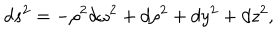
d s ^ { 2 } = - \rho ^ { 2 } d \omega ^ { 2 } + d \rho ^ { 2 } + d y ^ { 2 } + d z ^ { 2 } ,